Leprosy in India: report of the Leprosy Commission in India, 1890-91
Year: 1890
Disease focus: Leprosy
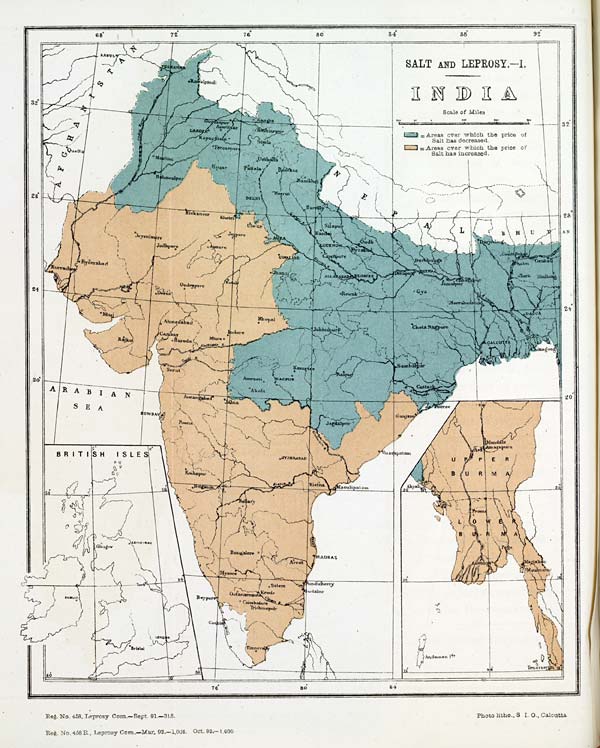
Reg. No. 458, Leprosy Com.—Sept. 91.—315.
Reg. No. 458 R., Leprosy Com.—Mar. 92.—1,004. Oct. 92.—1,000
Photo litho., S. I. O., Calcutta